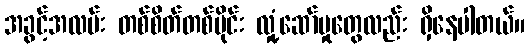
အခွင့်အလမ်း တစ်စိတ်တစ်ပိုင်း လှုံ့ဆော်မှုတွေလည်း ရှိနေပါတယ်။